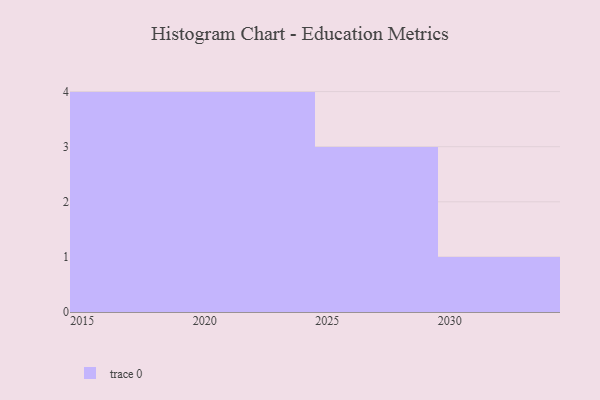
{"axis": {"x": "Year", "y": "LTV (USD)"}, "legend": [""], "data": [{"x": "2028", "y": 40, "type": ""}, {"x": "2030", "y": 29, "type": ""}, {"x": "2029", "y": 72, "type": ""}, {"x": "2025", "y": 58, "type": ""}, {"x": "2017", "y": 77, "type": ""}, {"x": "2016", "y": 7, "type": ""}, {"x": "2020", "y": 3, "type": ""}, {"x": "2021", "y": 12, "type": ""}, {"x": "2023", "y": 1, "type": ""}, {"x": "2018", "y": 94, "type": ""}, {"x": "2019", "y": 94, "type": ""}, {"x": "2022", "y": 22, "type": ""}]}